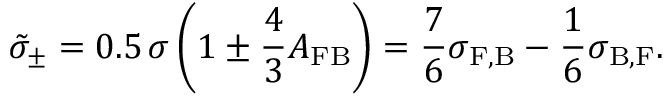
{ \tilde { \sigma } } _ { \pm } = 0 . 5 \, \sigma \left( 1 \pm \frac { 4 } { 3 } A _ { \mathrm { F B } } \right) = \frac { 7 } { 6 } \sigma _ { \mathrm { F , B } } - \frac { 1 } { 6 } \sigma _ { \mathrm { B , F } } .